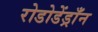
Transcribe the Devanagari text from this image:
रोडोडेंड्राँन